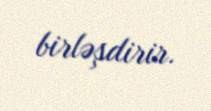
birləşdirir.